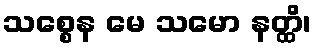
သစ္စေန မေ သမော နတ္ထိ၊